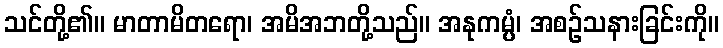
သင်တို့၏။ မာတာမိတရော၊ အမိအဘတို့သည်။ အနုကမ္ပံ၊ အစဉ်သနားခြင်းကို။